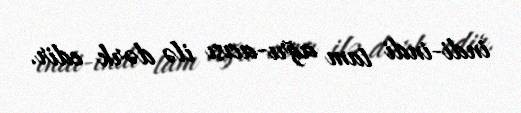
indi-indi tam ağrı-acısı ilə dərk edir.